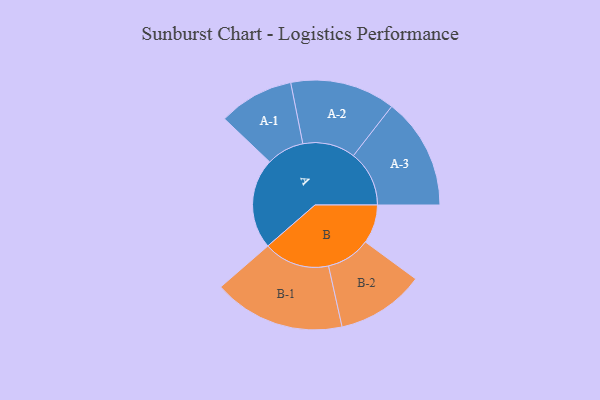
{"axis": {"x": "Segment", "y": "Value"}, "legend": ["", "A", "B"], "data": [{"x": "A", "y": 394, "type": ""}, {"x": "B", "y": 169, "type": ""}, {"x": "A-1", "y": 164, "type": "A"}, {"x": "A-2", "y": 229, "type": "A"}, {"x": "A-3", "y": 243, "type": "A"}, {"x": "B-1", "y": 287, "type": "B"}, {"x": "B-2", "y": 192, "type": "B"}]}